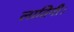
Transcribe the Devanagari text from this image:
लातिनी।